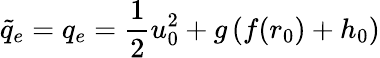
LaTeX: \tilde{q}_{e}=q_{e}=\frac{1}{2}u_{0}^{2}+g\left(f(r_{0})+h_{0}\right)